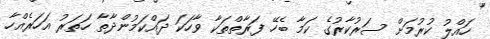
ހައްލު ކުރުމަށް ސަރުކާރުގެ ކަމާ ބެހޭ ފަރާތްތަކާ ވާހަކަ ދައްކަމުންދާތާ ހަތަރު އަހަރެއްހާ